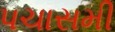
પચાસમી